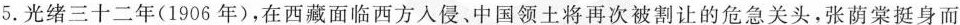
5.光绪三十二年(1906年)，在西藏面临西方入侵、中国领土将再次被割让的危急关头，张荫棠挺身而